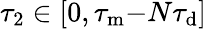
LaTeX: \tau_{2}\in[0,\tau_{\mathrm{m}}{-}N\tau_{\mathrm{d}}]